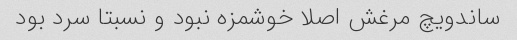
ساندویچ مرغش اصلا خوشمزه نبود و نسبتا سرد بود